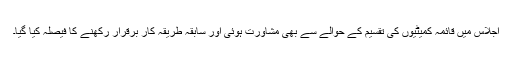
اجلاس میں قائمہ کمیٹیوں کی تقسیم کے حوالے سے بھی مشاورت ہوئی اور سابقہ طریقہ کار برقرار رکھنے کا فیصلہ کیا گیا۔